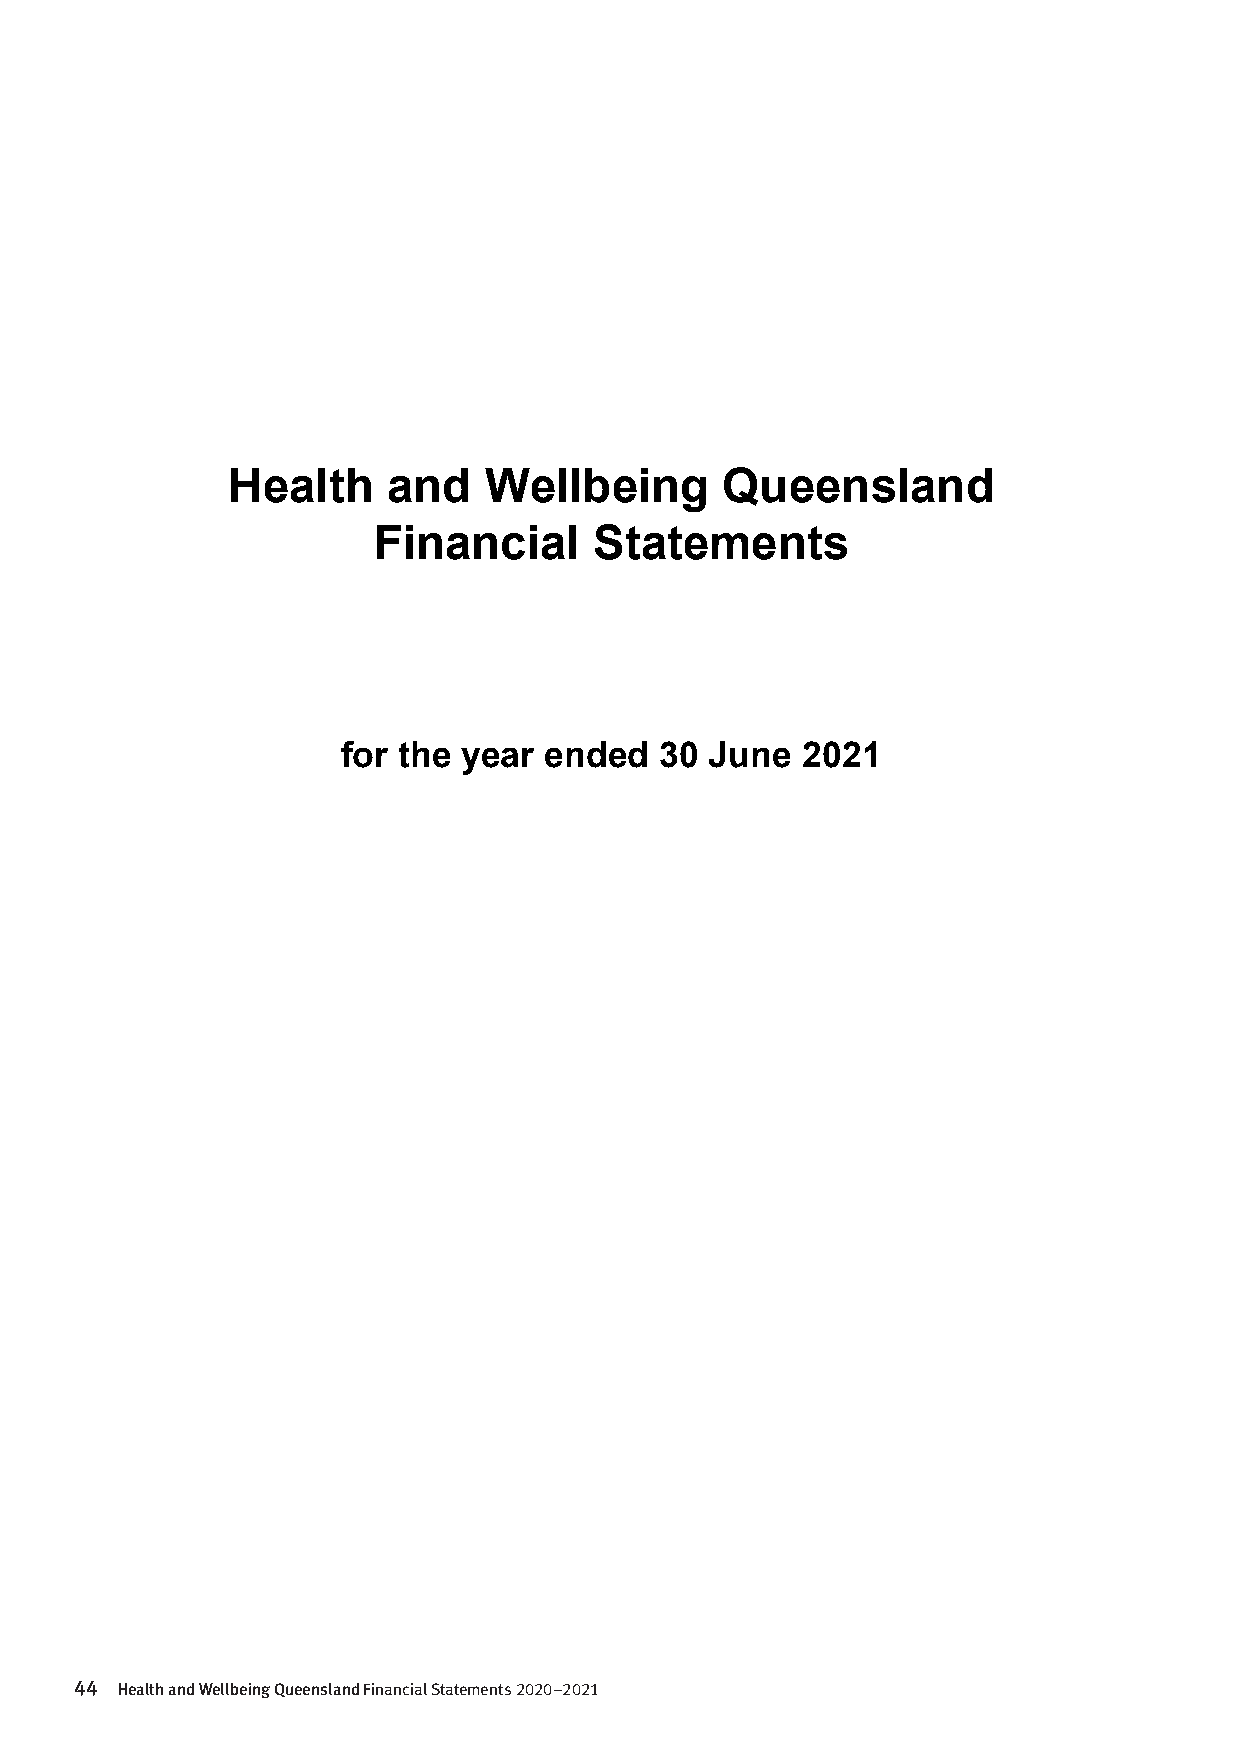
Health     and   Wellbeing       Queensland
 Financial     Statements
 for the year ended   30 June  2021
 44 Health and Wellbeing Queensland Financial Statements 2020–2021